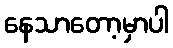
နေသာတော့မှာပါ